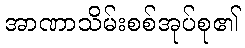
အာဏာသိမ်းစစ်အုပ်စု၏